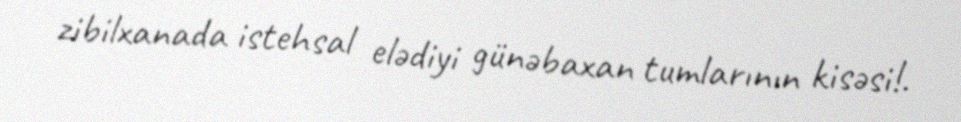
zibilxanada istehsal elədiyi günəbaxan tumlarının kisəsi!.